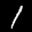
Label: 1